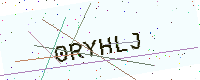
Text: 0RYHLJ